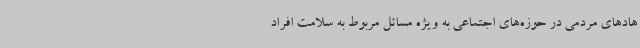
هادهای مردمی در حوزه‌های اجتماعی به ویژه مسائل مربوط به سلامت افراد